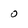
Character: 0